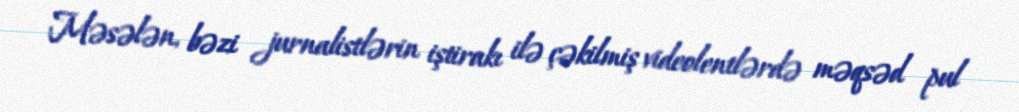
Məsələn, bəzi jurnalistlərin iştirakı ilə çəkilmiş videolentlərdə məqsəd pul